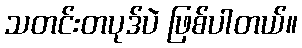
သတင်းတပုဒ်ပဲ ဖြစ်ပါတယ်။